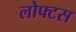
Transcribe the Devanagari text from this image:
लोफ्टस